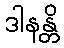
ဒါနန္တိ